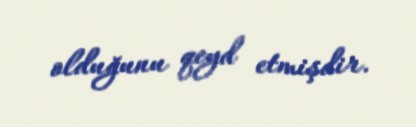
olduğunu qeyd etmişdir.